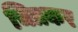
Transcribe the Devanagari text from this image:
चित्रकर